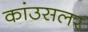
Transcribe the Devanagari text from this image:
कांउसलर